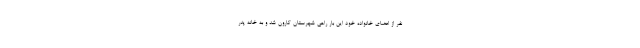
نفر از اعضای خانواده خود این بار راهی شهرستان کارون شد و به خانه پدر